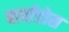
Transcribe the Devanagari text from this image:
बार्वाडोस